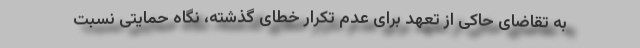
به تقاضای حاکی از تعهد برای عدم تکرار خطای گذشته، نگاه حمایتی نسبت